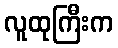
လူထုကြီးက